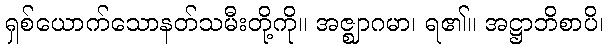
ရှစ်ယောက်သောနတ်သမီးတို့ကို။ အဇ္ဈာဂမာ၊ ရ၏။ အဋ္ဌာဘိစာပိ၊